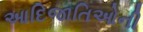
આદિજાતિઓની